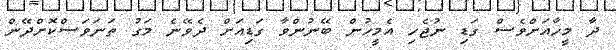
ދާ މީހާއަށްވެސް ގަޑި ނުޖެހި އެމީހުން ބޭނުންވާ ގަޑިއަށް ދެވޭނެ މަގު ތަނަވަސްކޮށްދޭން